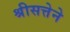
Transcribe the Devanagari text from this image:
श्रीसत्तेने